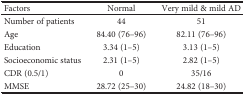
<table><thead><tr><td><b>Factors</b></td><td><b>Normal</b></td><td><b>Very mild &amp; mild AD</b></td></tr></thead><tbody><tr><td>Number of patients</td><td>44</td><td>51</td></tr><tr><td>Age</td><td>84.40 (76–96)</td><td>82.11 (76–96)</td></tr><tr><td>Education</td><td>3.34 (1–5)</td><td>3.13 (1–5)</td></tr><tr><td>Socioeconomic status</td><td>2.31 (1–5)</td><td>2.82 (1–5)</td></tr><tr><td>CDR (0.5/1)</td><td>0</td><td>35/16</td></tr><tr><td>MMSE</td><td>28.72 (25–30)</td><td>24.82 (18–30)</td></tr></tbody></table>